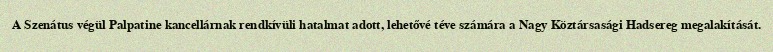
A Szenátus végül Palpatine kancellárnak rendkívüli hatalmat adott, lehetővé téve számára a Nagy Köztársasági Hadsereg megalakítását.